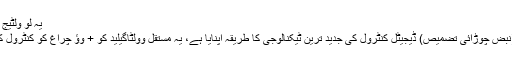
یہ لو ولٹیج ڈی سی طاقت سے تعلق رکھتا ہے...
ہ-SZ600-WP86-ٹنڈر، PWM (نبض چوڑائی تضمیص) ڈیجیٹل کنٹرول کی جدید ترین ٹیکنالوجی کا طریقہ اپنایا ہے، یہ مستقل وولٹاگیلید کو + وؤ چراغ کو کنٹرول کرنے کے لئے استعمال کیا جاتا ہے ۔